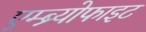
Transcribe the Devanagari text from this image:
एम्ब्र्योफाइट